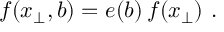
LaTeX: f ( x _ { \perp } , b ) = e ( b ) \, f ( x _ { \perp } ) ~ .